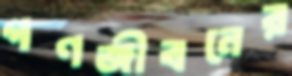
গণজীবনের